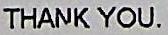
THANK YOU.